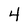
Character: 4